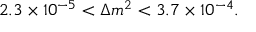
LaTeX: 2 . 3 \times 1 0 ^ { - 5 } < \Delta m ^ { 2 } < 3 . 7 \times 1 0 ^ { - 4 } .